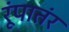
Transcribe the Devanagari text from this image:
रूंपातंर